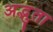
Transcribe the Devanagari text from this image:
अद्भुता